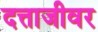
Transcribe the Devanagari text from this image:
दत्ताजीवर